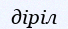
діріл